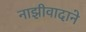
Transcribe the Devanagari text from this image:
नाझीवादाने